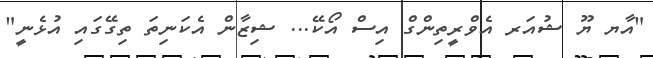
"އާޔ ޔޫ ޝުއަރ އެވްރީތިންގް އިސް އޯކޭ... ޝިޒާން އެކަނިތަ ތިގޭގައި އުޅެނީ"